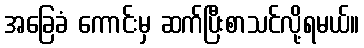
အခြေခံ ကောင်းမှ ဆက်ပြီးစာသင်လို့ရမယ်။